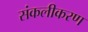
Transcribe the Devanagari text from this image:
संकलीकरण